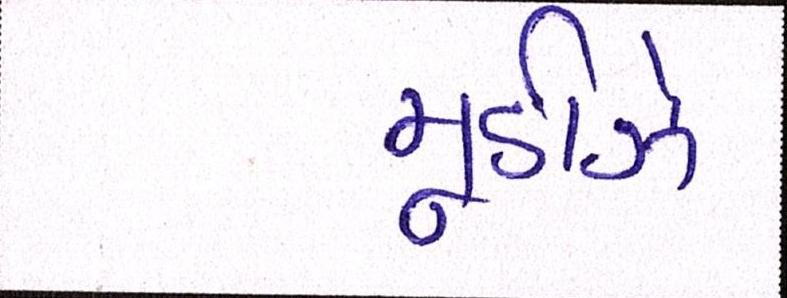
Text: મૂડીઝે